Rangoon Lunatic Asylum 1898-1906 - 1898-1906
Year: 1898
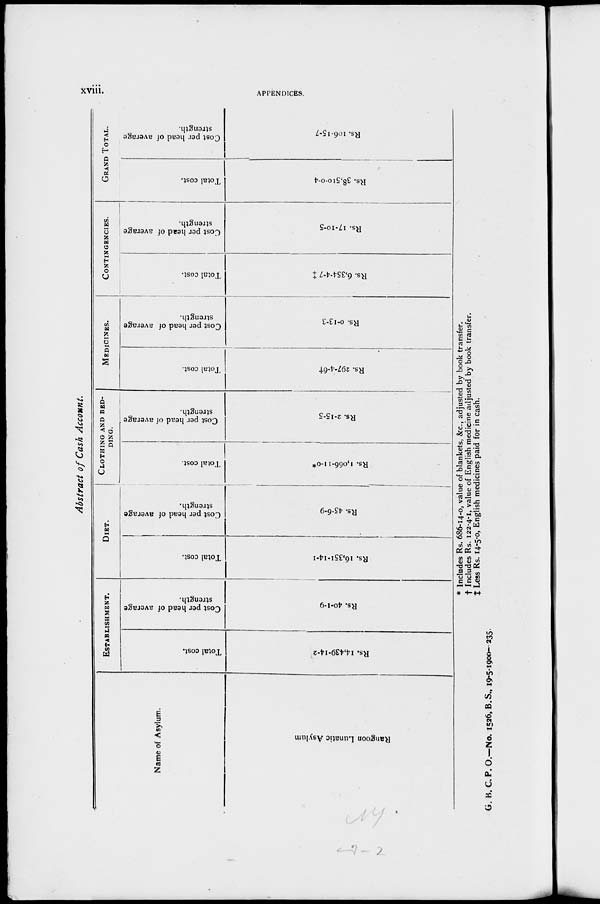
xviii.
APPENDICES.
Abstract of Cash Account.
Name of Asylum.
Rangoon Lunatic Asylum
ESTABLISHMENT.
Total cost.
Rs. 14,439-14-2
Cost per head of average
strength.
Rs. 40-1-9
DIET.
Total cost.
Rs. 16,351-14-1
Cost per head of average
strength.
Rs. 45-6-9
CLOTHING AND BED¬
-----
Total cost.
Rs. 1,066-11-0*
Cost per head of average
strength.
Rs. 2-15-5
MEDICINES.
Total cost.
Rs. 297-4-6†
Cost per head of average
strength.
Rs. 0-13-3
CONTINGENCIES.
Total cost.
Rs. 6,354-4-7 ‡
Cost per head of average
strength.
Rs. 17-10-5
GRAND TOTAL.
Total cost.
Rs. 38,510-0-4
Cost per head of average
strength.
Rs. 106-15-7
* Includes Rs. 686-14-0, value of blankets, &c, adjusted by book transfer.
† Includes Rs. 122-4-1, value of English medicine adjusted by book transfer.
‡ Less Rs. 14-5-0, English medicines paid for in cash.
G. B. C. P. O.—No. 1526, B.S., 19-5-1900— 235.